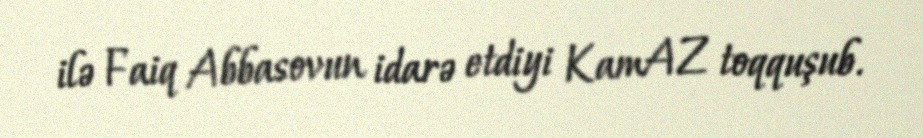
ilə Faiq Abbasovun idarə etdiyi KamAZ toqquşub.